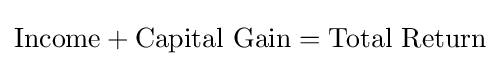
{\text{Income}}+{\text{Capital Gain}}={\text{Total Return}}